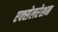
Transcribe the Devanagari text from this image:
एक्‍सेलरेशन